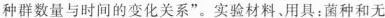
种群数量与时间的变化关系”。实验材料、用具：菌种和无